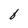
Character: f